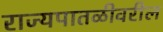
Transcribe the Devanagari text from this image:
राज्यपातळीवरील